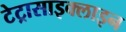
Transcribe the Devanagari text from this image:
टेट्रासाइक्लाइन